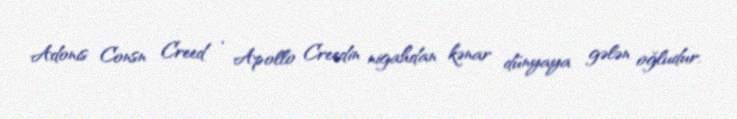
Adonis Consn Creed , Apollo Creedin nigahdan kənar dünyaya gələn oğludur.